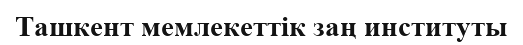
Ташкент мемлекеттік заң институты